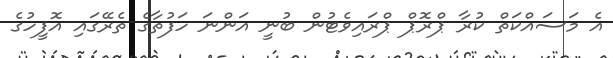
އެ މަސައްކަތް ކުރާ ޕްރޮޕް ޕްރައިވެޓުން ބުނީ އަންނަ ހަފުތާގެ ތެރޭގައި އޮފީހުގެ